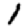
Digit: 1